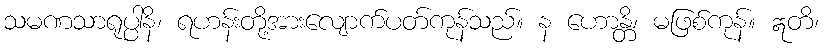
သမဏသာရုပ္ပါနိ၊ ရဟန်းတို့အားလျောက်ပတ်ကုန်သည်။ န ဟောန္တိ၊ မဖြစ်ကုန်။ ဣတိ၊